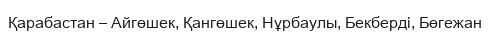
Қарабастан – Айгөшек, Қангөшек, Нұрбаулы, Бекберді, Бөгежан